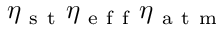
\eta _ { \mathrm { ~ s ~ t ~ } } \eta _ { \mathrm { ~ e ~ f ~ f ~ } } \eta _ { \mathrm { ~ a ~ t ~ m ~ } }